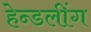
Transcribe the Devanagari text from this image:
हेन्डलींग